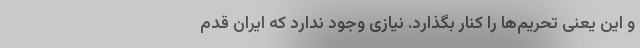
و این یعنی تحریم‌ها را کنار بگذارد. نیازی وجود ندارد که ایران قدم